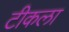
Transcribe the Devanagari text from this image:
टीकला